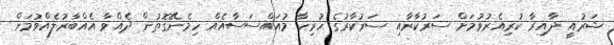
ޝަރުއީ ދާއިރާ ކުރިއެރުވުމަށް ސަރުކާރާއި ސަރުކާރުގެ ހުރިހާ މުއައްސަސާއެއް ހިމެނޭގޮތުން ދެއްވާ އެއްބާރުލެއްވުމަށް